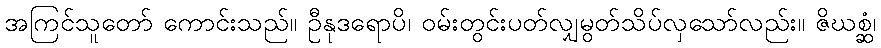
အကြင်သူတော် ကောင်းသည်။ ဦနုဒရောပိ၊ ဝမ်းတွင်းပတ်လျှမွတ်သိပ်လှသော်လည်း။ ဇိဃစ္ဆံ၊